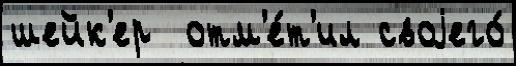
шейк'ер  отм'е́т'ил своjего́